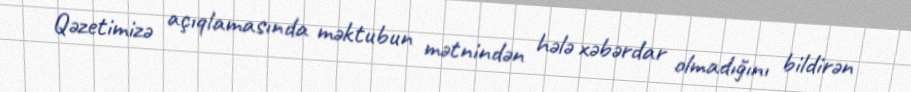
Qəzetimizə açıqlamasında məktubun mətnindən hələ xəbərdar olmadığını bildirən